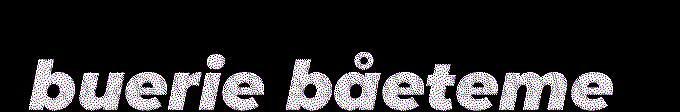
buerie båeteme